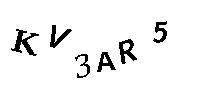
KV3AR5